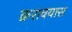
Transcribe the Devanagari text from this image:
क्ररावयास